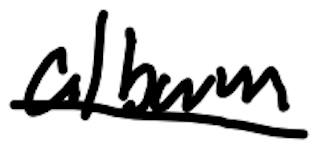
Text: album
Cross-out: single-line
Writing tool: digital_black